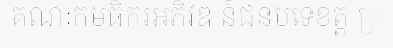
គណៈកមធិករអភិវឌ ន៍ជនបទេខត្ត ្រ